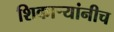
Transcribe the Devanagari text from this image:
शिकार्‍यांनीच